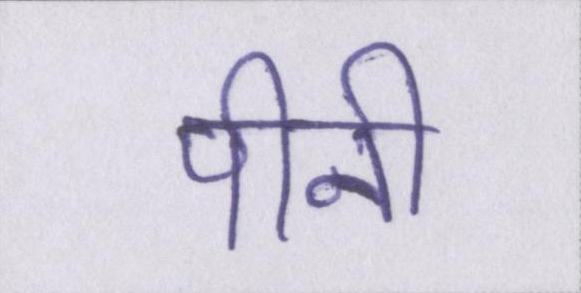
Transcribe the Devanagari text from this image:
पीनी